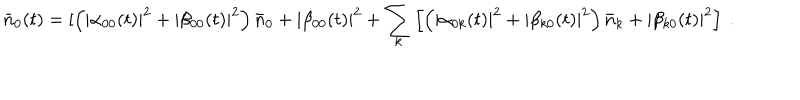
\bar { n } _ { 0 } ( t ) = [ \left( | \alpha _ { 0 0 } ( t ) | ^ { 2 } + | \beta _ { 0 0 } ( t ) | ^ { 2 } \right) \bar { n } _ { 0 } + | \beta _ { 0 0 } ( t ) | ^ { 2 } + \sum _ { k } \left[ \left( | \alpha _ { 0 k } ( t ) | ^ { 2 } + | \beta _ { k 0 } ( t ) | ^ { 2 } \right) \bar { n } _ { k } + | \beta _ { k 0 } ( t ) | ^ { 2 } \right] \; .